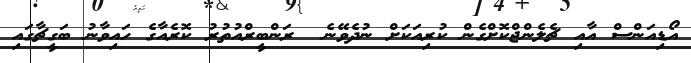
އޯޑިއަންސް އާއި ޗެލެންޖްކޮށްގެން ކުރިއަކަށް ނުދެވޭނެ  ރަންބީރްއުތުރު ކޮރެއާގެ ހައިވާނު ބަގީޗާގައި